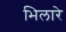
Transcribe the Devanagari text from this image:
भिलारे